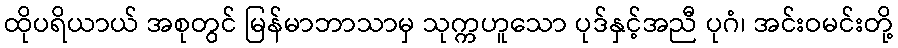
ထိုပရိယာယ် အစုတွင် မြန်မာဘာသာမှ သုက္ကဟူသော ပုဒ်နှင့်အညီ ပုဂံ၊ အင်းဝမင်းတို့